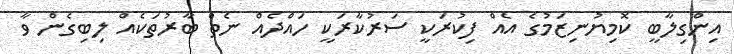
އިންގިލާބީ ކޮމިޔުނިޒަމުގެ އެއް ފިކުރަކީ ސަރުކާރަކީ ހައްދެއް ނެތް ބާރުތަކެއް ލިބިގެން ވާ